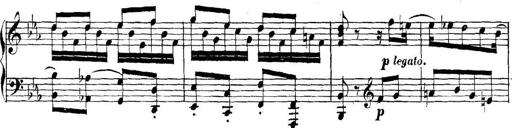
Title: Collected Piano Sonatas
Composer: Muzio Clementi